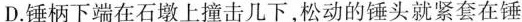
D.锤柄下端在石墩上撞击几下，松动的锤头就紧套在锤